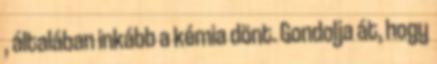
, általában inkább a kémia dönt. Gondolja át, hogy